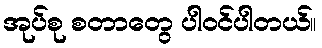
အုပ်စု စတာတွေ ပါဝင်ပါတယ်။